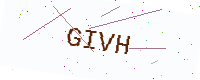
Text: GIVH